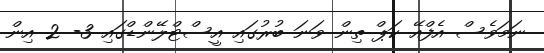
ނަމަވެސް އެފްއޭ ކަޕް ތިން ވަނަ ބުރުގައި އީސްޓްލޭންޑްގައި 3- 2 އިން